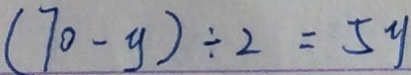
( 7 0 - y ) \div 2 = 5 y